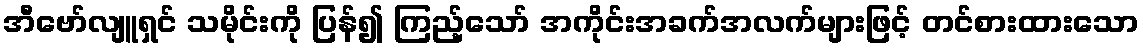
အီဗော်လျူရှင် သမိုင်းကို ပြန်၍ ကြည့်သော် အကိုင်းအခက်အလက်များဖြင့် တင်စားထားသော